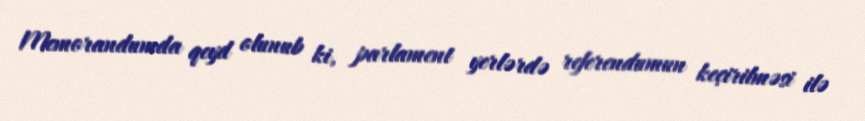
Memorandumda qeyd olunub ki, parlament yerlərdə referendumun keçirilməsi ilə